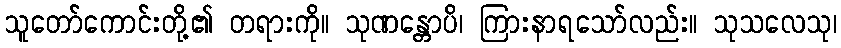
သူတော်ကောင်းတို့၏ တရားကို။ သုဏန္တောပိ၊ ကြားနာရသော်လည်း။ သုသလေသု၊